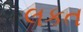
લકત